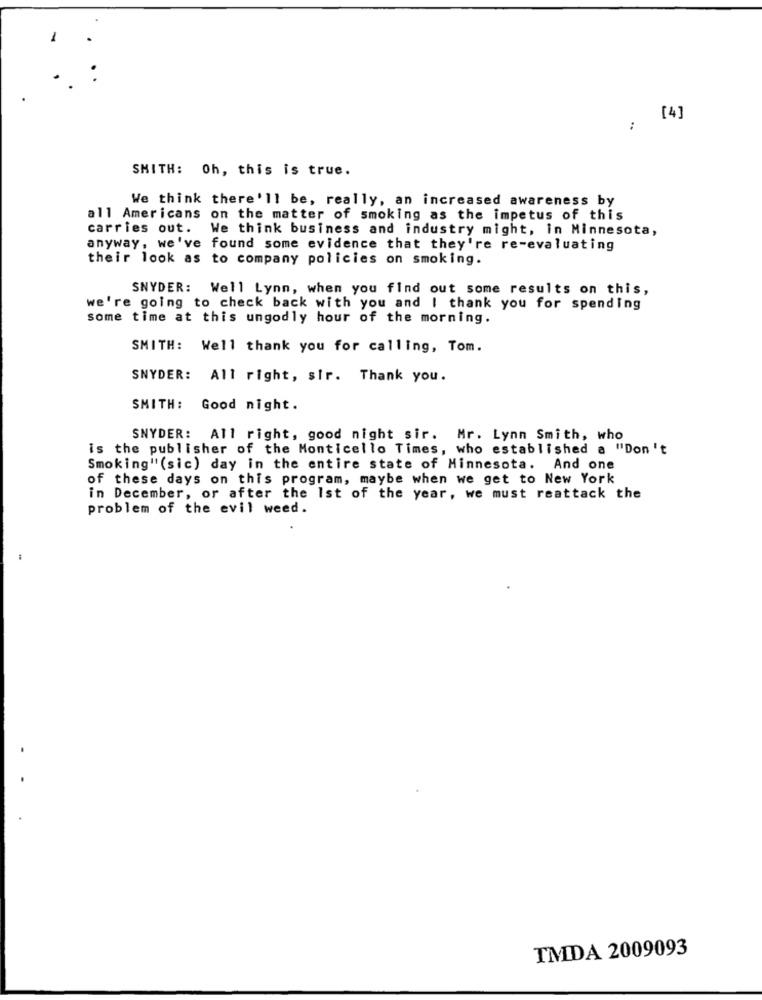
1
[4]
..
SMITH: Oh, this is true.
We think there'll be, really, an increased awareness by
all Americans on the matter of smoking as the impetus of this
carries out.
We think business and industry might, in Minnesota,
anyway, we've found some evidence that they're re-evaluating
their look as to company policies on smoking.
SNYDER: Well Lynn, when you find out some results on this,
we're going to check back with you and I thank you for spending
some time at this ungodly hour of the morning.
SMITH: Well thank you for calling, Tom.
SNYDER: All right, sir. Thank you.
SMITH:
Good night.
SNYDER: All right, good night sir. Mr. Lynn Smith, who
is the publisher of the Monticello Times, who established a "Don't
Smoking"(sic) day in the entire state of Minnesota. And one
of these days on this program, maybe when we get to New York
in December, or after the Ist of the year, we must reattack the
problem of the evil weed.
TMDA 2009093